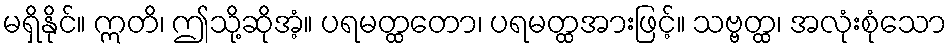
မရှိနိုင်။ ဣတိ၊ ဤသို့ဆိုအံ့။ ပရမတ္ထတော၊ ပရမတ္ထအားဖြင့်။ သဗ္ဗတ္ထ၊ အလုံးစုံသော